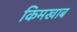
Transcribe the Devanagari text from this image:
किमखाब